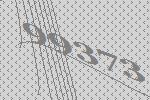
99373